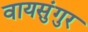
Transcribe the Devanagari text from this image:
वायसुंगुर